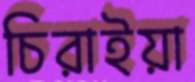
চিরাইয়া